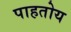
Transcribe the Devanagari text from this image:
पाहतोय